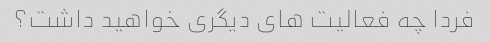
فردا چه فعالیت های دیگری خواهید داشت؟